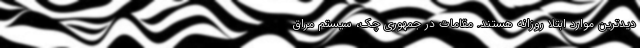
دیدترین موارد ابتلا روزانه هستند. مقامات در جمهوری چک، سیستم مراق